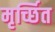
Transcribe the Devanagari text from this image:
मृर्च्छित